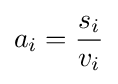
a_{i}={\frac {s_{i}}{v_{i}}}